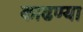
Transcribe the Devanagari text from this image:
काढण्या